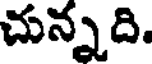
చున్నది.